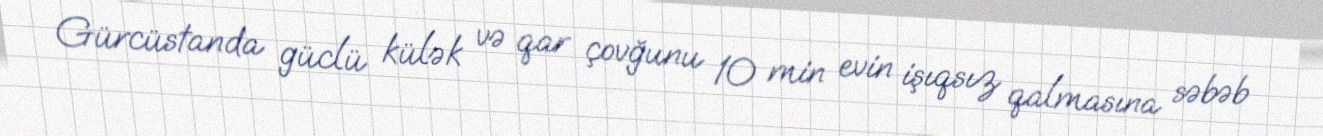
Gürcüstanda güclü külək və qar çovğunu 10 min evin işıqsız qalmasına səbəb